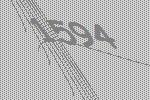
1594